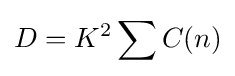
D=K^{2}\sum C(n)